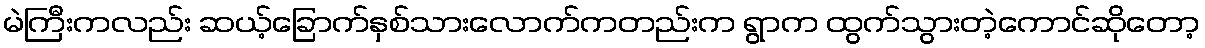
မဲကြီးကလည်း ဆယ့်ခြောက်နှစ်သားလောက်ကတည်းက ရွာက ထွက်သွားတဲ့ကောင်ဆိုတော့